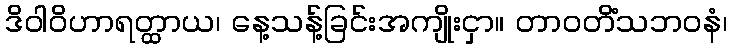
ဒိဝါဝိဟာရတ္ထာယ၊ နေ့သန့်ခြင်းအကျိုးငှာ။ တာဝတိံသဘဝနံ၊